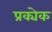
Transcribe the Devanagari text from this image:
प्रक्येक